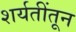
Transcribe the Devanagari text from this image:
शर्यतींतून